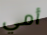
أمي